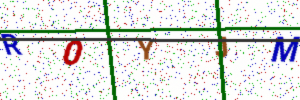
Text: R0YJM